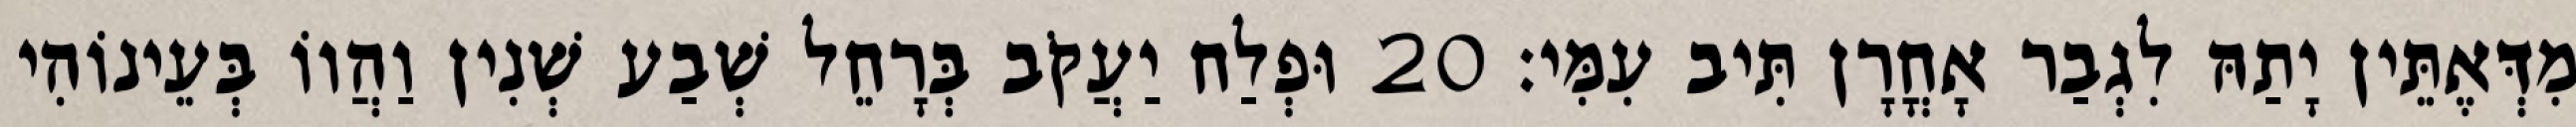
מִדְּאֶתֵּין יָתַהּ לִגְבַר אָחֳרָן תִּיב עִמִּי׃ 20 וּפְלַח יַעֲקֹב בְּרָחֵל שְׁבַע שְׁנִין וַהֲווֹ בְּעֵינוֹהִי